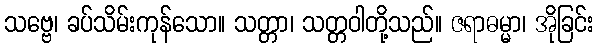
သဗ္ဗေ၊ ခပ်သိမ်းကုန်သော။ သတ္တာ၊ သတ္တဝါတို့သည်။ ဇရာဓမ္မာ၊ အိုခြင်း